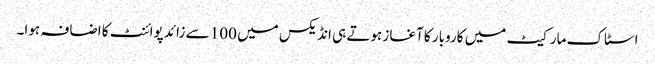
اسٹاک مارکیٹ میں کاروبار کا آغاز ہوتے ہی انڈیکس میں 100 سے زائد پوائنٹ کا اضافہ ہوا۔